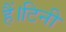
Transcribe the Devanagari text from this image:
हैं।टिनी